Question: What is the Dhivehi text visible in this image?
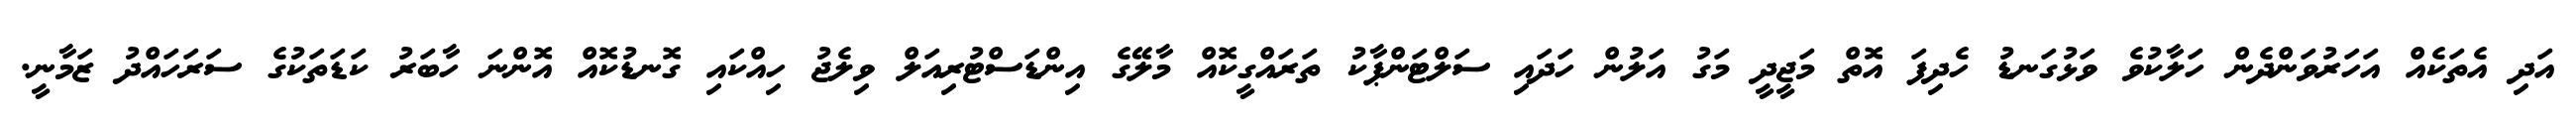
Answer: އަދި އެތަކެއް އަހަރުވަންދެން ހަލާކުވެ ވަޅުގަނޑު ހެދިފަ އޮތް މަޖީދީ މަގު އަލުން ހަދައި ސަލްޓަންޕާކު ތަރައްގީކޮއް މާލޭގެ އިންޑަސްޓުރިއަލް ވިލެޖު ހިއްކައި ގޮނޑުކޮއް އޮންނަ ހާބަރު ކަޑަތަކުގެ ސަރަހައްދު ޒަމާނީ.